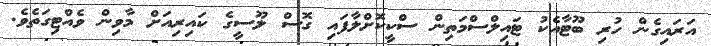
އަރައިގެން ހުރި ބޫޓާއެކު ޓައިލްސްމަތިން ސްކީކޮށްލާފައި ގޮސް ލޫސީގެ ކައިރިއަށް މާވިން ވެއްޓިގަތެވެ.